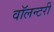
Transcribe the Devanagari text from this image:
वॉलन्टरी